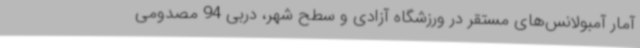
آمار آمبولانس‌های مستقر در ورزشگاه آزادی و سطح شهر، دربی 94 مصدومی